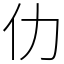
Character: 仂